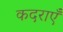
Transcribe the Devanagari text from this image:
कदराएँ